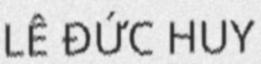
LÊ ĐỨC HUY